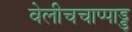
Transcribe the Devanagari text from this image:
वेलीचचाप्पाड्डू